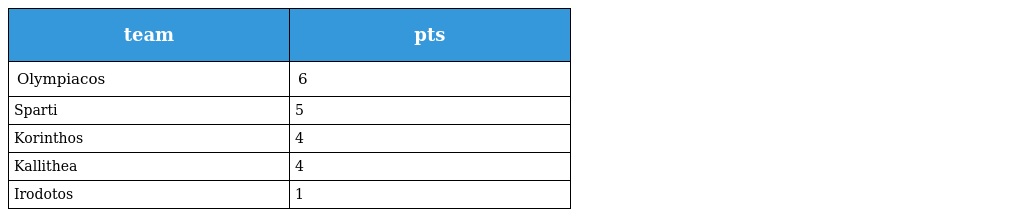
| team | pts |
 | --- | --- |
 | Olympiacos | 6 |
 | Sparti | 5 |
 | Korinthos | 4 |
 | Kallithea | 4 |
 | Irodotos | 1 |